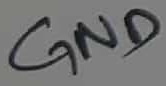
Text: GND